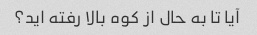
آیا تا به حال از کوه بالا رفته اید؟